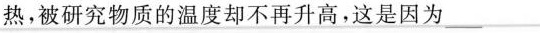
热，被研究物质的温度却不再升高，这是因为___